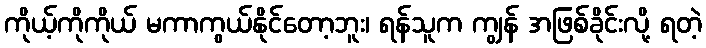
ကိုယ့်ကိုကိုယ် မကာကွယ်နိုင်တော့ဘူး၊ ရန်သူက ကျွန် အဖြစ်ခိုင်းလို့ ရတဲ့